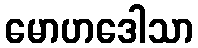
မောဟဒေါသာ